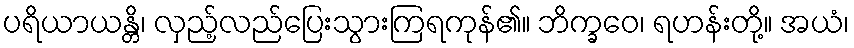
ပရိယာယန္တိ၊ လှည့်လည်ပြေးသွားကြရကုန်၏။ ဘိက္ခဝေ၊ ရဟန်းတို့။ အယံ၊